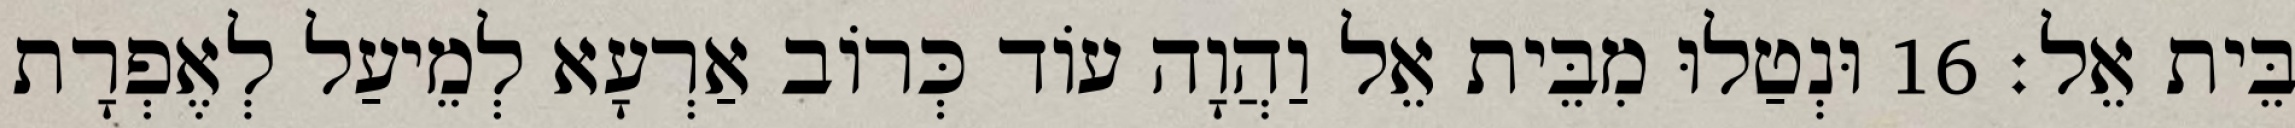
בֵּית אֵל׃ 16 וּנְטַלוּ מִבֵּית אֵל וַהֲוָה עוֹד כְּרוֹב אַרְעָא לְמֵיעַל לְאֶפְרָת